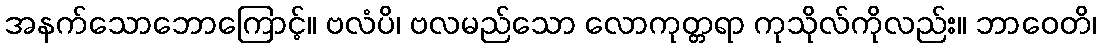
အနက်သောဘောကြောင့်။ ဗလံပိ၊ ဗလမည်သော လောကုတ္တရာ ကုသိုလ်ကိုလည်း။ ဘာဝေတိ၊